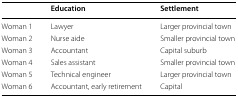
<table><thead><tr><td></td><td><b>Education</b></td><td><b>Settlement</b></td></tr></thead><tbody><tr><td>Woman 1</td><td>Lawyer</td><td>Larger provincial town</td></tr><tr><td>Woman 2</td><td>Nurse aide</td><td>Smaller provincial town</td></tr><tr><td>Woman 3</td><td>Accountant</td><td>Capital suburb</td></tr><tr><td>Woman 4</td><td>Sales assistant</td><td>Smaller provincial town</td></tr><tr><td>Woman 5</td><td>Technical engineer</td><td>Larger provincial town</td></tr><tr><td>Woman 6</td><td>Accountant, early retirement</td><td>Capital</td></tr></tbody></table>